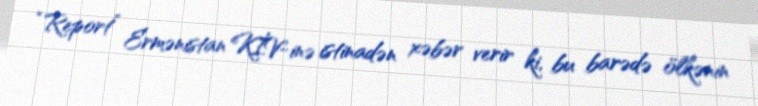
“Report” Ermənistan KİV-inə istinadən xəbər verir ki, bu barədə ölkənin